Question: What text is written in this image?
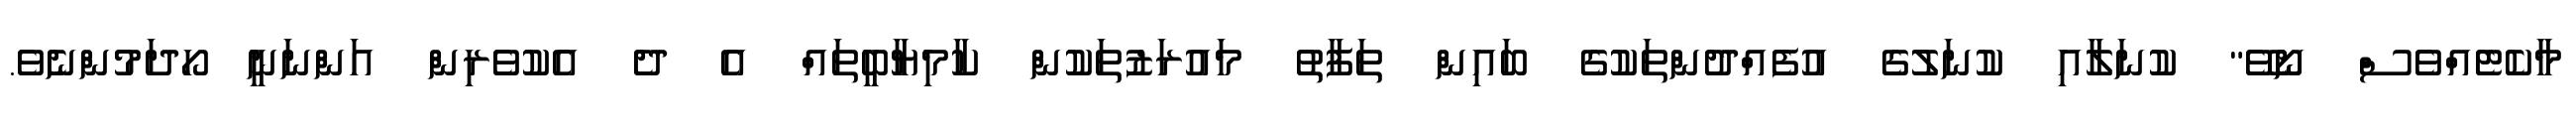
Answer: މާކެޓެއްވެސް ނޯވޭ" ކުނަލާއި ކުނަލުގެ އުފެއްދުންތަކުގެ ބައިން ތަފާތު މައުރަޒުތަކުން ކާމިޔާބީތައް އެ ދެ އެކުވެރިން އަންނަނީ ހޯދަމުންނެވެ.